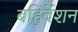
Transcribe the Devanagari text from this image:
बहि्र्वेशन